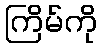
ကြိမ်ကို